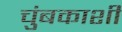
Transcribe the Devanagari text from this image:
चुंबकाशी